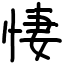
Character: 悽